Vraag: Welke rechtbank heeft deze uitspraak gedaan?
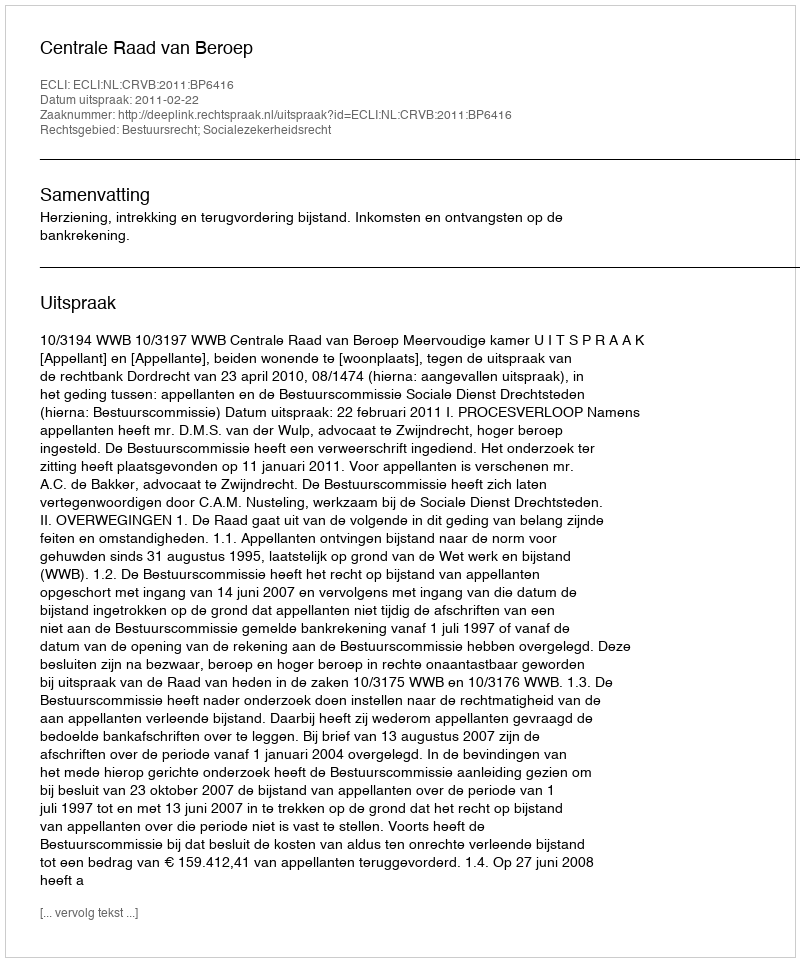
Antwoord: Centrale Raad van Beroep